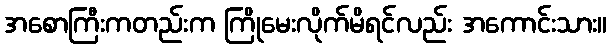
အစောကြီးကတည်းက ကြိုမေးလိုက်မိရင်လည်း အကောင်းသား။